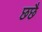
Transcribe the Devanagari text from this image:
छछै